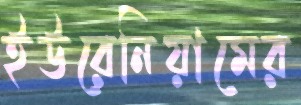
ইউরেনিয়ামের